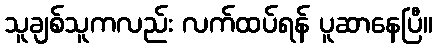
သူချစ်သူကလည်း လက်ထပ်ရန် ပူဆာနေပြီ။